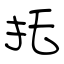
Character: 托